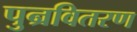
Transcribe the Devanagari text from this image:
पुन्रवितरण